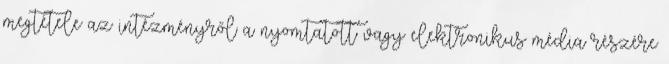
megtétele az intézményről a nyomtatott vagy elektronikus média részére